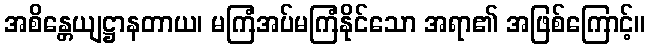
အစိန္တေယျဋ္ဌာနတာယ၊ မကြံအပ်မကြံနိုင်သော အရာ၏ အဖြစ်ကြောင့်။